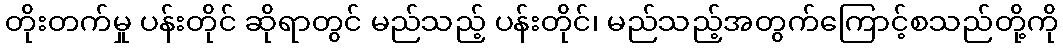
တိုးတက်မှု ပန်းတိုင် ဆိုရာတွင် မည်သည့် ပန်းတိုင်၊ မည်သည့်အတွက်ကြောင့်စသည်တို့ကို